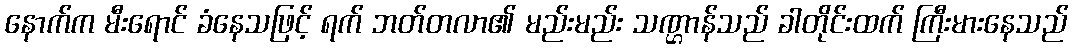
နောက်က မီးရောင် ခံနေသဖြင့် ရက် ဘတ်တလာ၏ မည်းမည်း သဏ္ဌာန်သည် ခါတိုင်းထက် ကြီးမားနေသည်